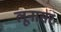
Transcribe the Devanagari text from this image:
लूनासर